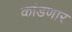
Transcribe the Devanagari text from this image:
कांडणार